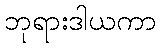
ဘုရားဒါယကာ